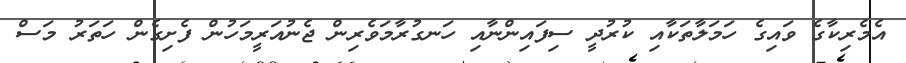
އެމެރިކާގެ ވައިގެ ހަމަލާތަކާއި ކުރުދީ ސިފައިންނާއި ހަނގުރާމަވެރިން ޖެނުއަރީމަހުން ފެށިގެން ހަތަރު މަސް